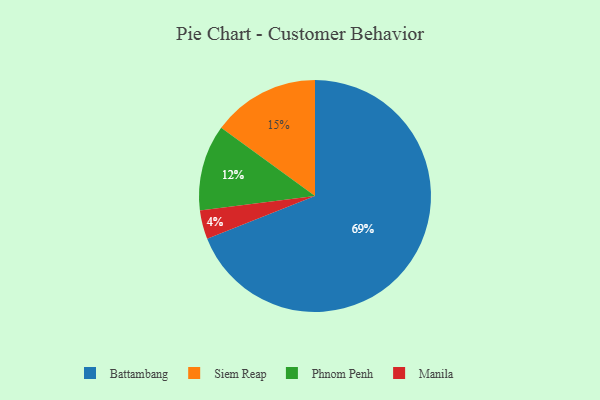
{"axis": {"x": "Category", "y": "Percentage"}, "legend": ["Battambang", "Manila", "Phnom Penh", "Siem Reap"], "data": [{"x": "Battambang", "y": 69, "type": "Battambang"}, {"x": "Manila", "y": 4, "type": "Manila"}, {"x": "Siem Reap", "y": 15, "type": "Siem Reap"}, {"x": "Phnom Penh", "y": 12, "type": "Phnom Penh"}]}